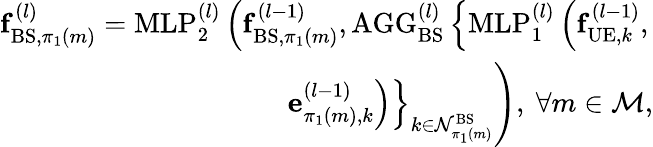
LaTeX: \begin{array}{r}{\mathbf{f}_{\mathrm{BS},\pi_{1}(m)}^{(l)}=\mathrm{MLP}_{2}^{(l)}\left(\mathbf{f}_{\mathrm{BS},\pi_{1}(m)}^{(l-1)},\mathrm{AGG}_{\mathrm{BS}}^{(l)}\left\{ \mathrm{MLP}_{1}^{(l)}\left(\mathbf{f}_{\mathrm{UE},k}^{(l-1)},\right.\right.\right.}\\ {\left.\left.\left.\mathbf{e}_{\pi_{1}(m),k}^{(l-1)}\right)\right\} _{k\in\mathcal{N}_{\pi_{1}(m)}^{\mathrm{BS}}}\right),~\forall m\in\mathcal{M},}\end{array}